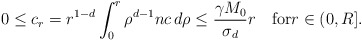
\begin{align*}0\le c_{r}=r^{1-d}\int_{0}^{r}\rho^{d-1}nc\,d\rho \le \frac{\gamma M_{0} }{\sigma_{d}}r\quad\mbox{for}r\in(0,R].\end{align*}